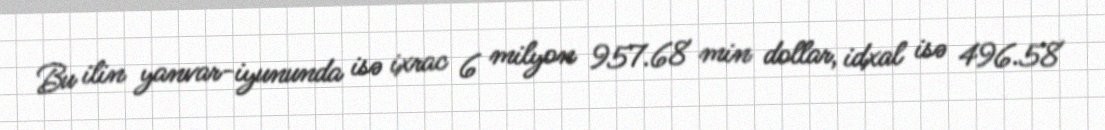
Bu ilin yanvar-iyununda isə ixrac 6 milyon 957.68 min dollar, idxal isə 496.58